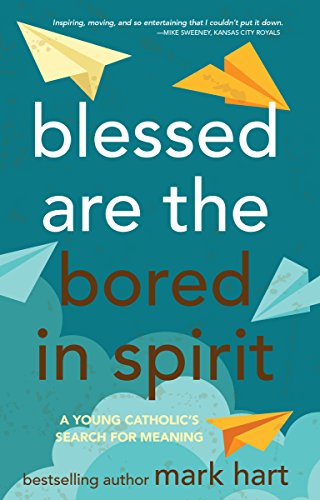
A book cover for Blessed Are the Bored in Spirit: A Young Catholic's Search for Meaning; Mark Hart; Christian Books & Bibles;